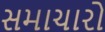
સમાચારો